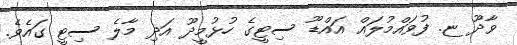
ވާދޫ ޏ. ފުވައްމުލައް އައްޑޫ ސިޓީގެ ހުޅުމީދޫ އަދި މާލެ ސިޓީ ގައެވެ.